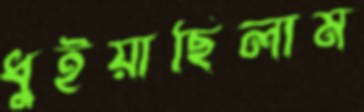
ধুইয়াছিলাম